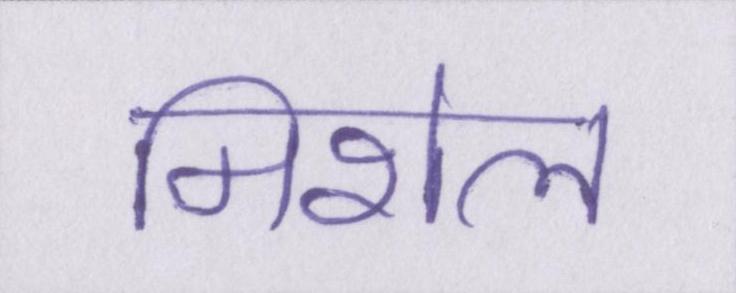
मिशेल